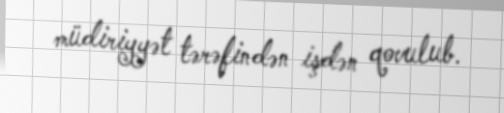
müdiriyyət tərəfindən işdən qovulub.